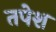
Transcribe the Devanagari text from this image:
तपेश